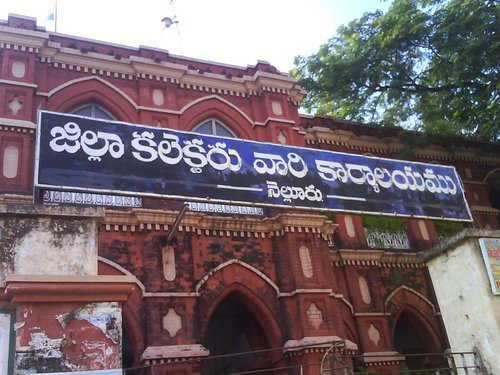
Language: telugu
Transcription: జిల్లా వారి కార్యాలయము నెల్లూరు. కలెక్టర్